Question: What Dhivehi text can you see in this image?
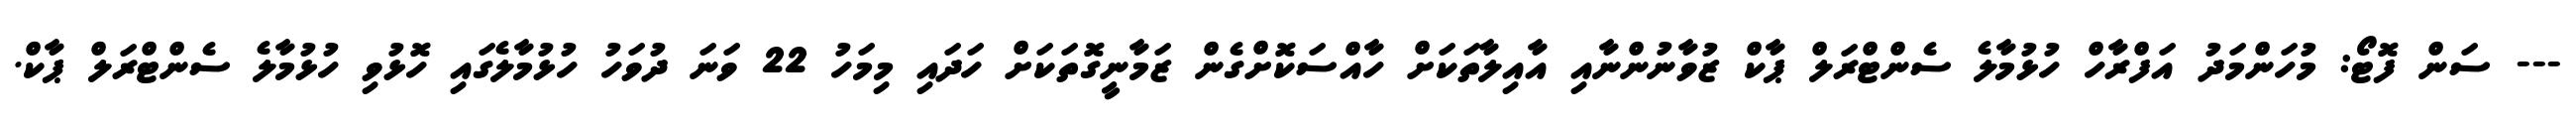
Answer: --- ސަން ފޮޓޯ: މުހަންމަދު އަފްރާހް ހުޅުމާލެ ސެންޓްރަލް ޕާކް ޒުވާނުންނާއި އާއިލާތަކަށް ހާއްސަކޮށްގެން ޒަމާނީގޮތަކަށް ހަދައި މިމަހު 22 ވަނަ ދުވަހު ހުޅުމާލެގައި ހޮޅުވި ހުޅުމާލެ ސެންޓްރަލް ޕާކް.